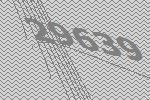
29639